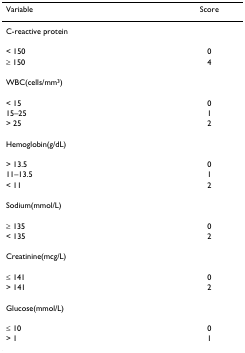
| Variable | Score |
 | --- | --- |
 | C-reactive protein |  |
 | < 150 | 0 |
 | ≥ 150 | 4 |
 | WBC(cells/mm3) |  |
 | < 15 | 0 |
 | 15–25 | 1 |
 | > 25 | 2 |
 | Hemoglobin(g/dL) |  |
 | > 13.5 | 0 |
 | 11–13.5 | 1 |
 | < 11 | 2 |
 | Sodium(mmol/L) |  |
 | ≥ 135 | 0 |
 | < 135 | 2 |
 | Creatinine(mcg/L) |  |
 | ≤ 141 | 0 |
 | > 141 | 2 |
 | Glucose(mmol/L) |  |
 | ≤ 10 | 0 |
 | > 1 | 1 |